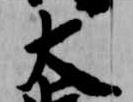
大